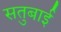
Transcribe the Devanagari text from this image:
सतुबाई